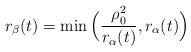
LaTeX: \begin{align*}r_\beta(t) = \min \Big( \frac{\rho_0^2}{r_\alpha(t)}, r_\alpha(t) \Big)\end{align*}